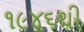
૧૯૪૬થી